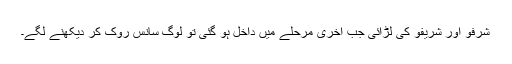
شرفو اور شریفو کی لڑائی جب آخری مرحلے میں داخل ہو گئی تو لوگ سانس روک کر دیکھنے لگے۔